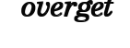
overget